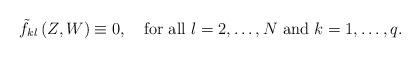
LaTeX: \begin{align*}\tilde{f}_{kl}\left(Z,W\right)\equiv0,\quad\mbox{for all $l=2,\dots,N$ and $k=1,\dots,q$.}\end{align*}